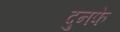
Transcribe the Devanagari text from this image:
दुनफे